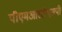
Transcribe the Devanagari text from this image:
पीएमआरटीएसपी